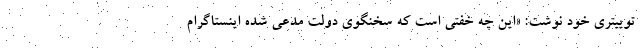
توییتری خود نوشت: «‌این چه خفتی است که سخنگوی دولت مدعی شده اینستاگرام